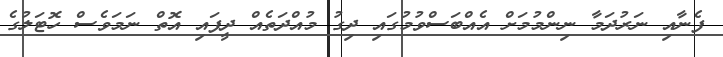
ފެނާއި ނަރުދަމާ ނިންމުމަށް އެއްބަސްވުމުގައި ދިގު މުއްދަތެއް ދީފައި އޮތް ނަމަވެސް ހޮޓަލުގެ